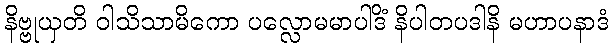
နိဗ္ဗုယှတိ ဝါသိသာမိကော ပလ္လောမမာပါဒိံ နိပါတပဒါနိ မဟာပနာဒံ